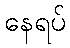
နေရပ်